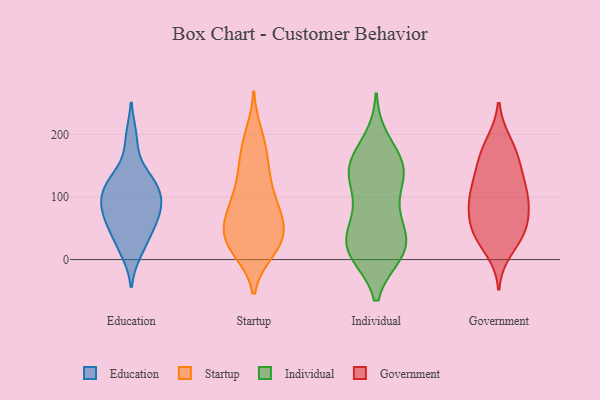
{"axis": {"x": "Satisfaction Score", "y": "Value"}, "legend": ["Education", "Government", "Individual", "Startup"], "data": [{"x": "", "y": 79, "type": "Education"}, {"x": "", "y": 98, "type": "Education"}, {"x": "", "y": 106, "type": "Education"}, {"x": "", "y": 194, "type": "Education"}, {"x": "", "y": 74, "type": "Education"}, {"x": "", "y": 52, "type": "Education"}, {"x": "", "y": 114, "type": "Education"}, {"x": "", "y": 13, "type": "Education"}, {"x": "", "y": 31, "type": "Education"}, {"x": "", "y": 123, "type": "Education"}, {"x": "", "y": 136, "type": "Education"}, {"x": "", "y": 67, "type": "Education"}, {"x": "", "y": 199, "type": "Startup"}, {"x": "", "y": 84, "type": "Startup"}, {"x": "", "y": 58, "type": "Startup"}, {"x": "", "y": 135, "type": "Startup"}, {"x": "", "y": 122, "type": "Startup"}, {"x": "", "y": 15, "type": "Startup"}, {"x": "", "y": 55, "type": "Startup"}, {"x": "", "y": 21, "type": "Startup"}, {"x": "", "y": 19, "type": "Startup"}, {"x": "", "y": 183, "type": "Startup"}, {"x": "", "y": 140, "type": "Startup"}, {"x": "", "y": 29, "type": "Startup"}, {"x": "", "y": 85, "type": "Startup"}, {"x": "", "y": 77, "type": "Startup"}, {"x": "", "y": 87, "type": "Startup"}, {"x": "", "y": 37, "type": "Startup"}, {"x": "", "y": 173, "type": "Startup"}, {"x": "", "y": 44, "type": "Startup"}, {"x": "", "y": 28, "type": "Startup"}, {"x": "", "y": 47, "type": "Individual"}, {"x": "", "y": 134, "type": "Individual"}, {"x": "", "y": 143, "type": "Individual"}, {"x": "", "y": 190, "type": "Individual"}, {"x": "", "y": 54, "type": "Individual"}, {"x": "", "y": 159, "type": "Individual"}, {"x": "", "y": 150, "type": "Individual"}, {"x": "", "y": 123, "type": "Individual"}, {"x": "", "y": 10, "type": "Individual"}, {"x": "", "y": 15, "type": "Individual"}, {"x": "", "y": 86, "type": "Individual"}, {"x": "", "y": 15, "type": "Individual"}, {"x": "", "y": 13, "type": "Individual"}, {"x": "", "y": 13, "type": "Individual"}, {"x": "", "y": 133, "type": "Individual"}, {"x": "", "y": 62, "type": "Individual"}, {"x": "", "y": 21, "type": "Individual"}, {"x": "", "y": 156, "type": "Individual"}, {"x": "", "y": 41, "type": "Government"}, {"x": "", "y": 107, "type": "Government"}, {"x": "", "y": 161, "type": "Government"}, {"x": "", "y": 188, "type": "Government"}, {"x": "", "y": 56, "type": "Government"}, {"x": "", "y": 69, "type": "Government"}, {"x": "", "y": 153, "type": "Government"}, {"x": "", "y": 104, "type": "Government"}, {"x": "", "y": 40, "type": "Government"}, {"x": "", "y": 114, "type": "Government"}, {"x": "", "y": 48, "type": "Government"}, {"x": "", "y": 87, "type": "Government"}, {"x": "", "y": 130, "type": "Government"}, {"x": "", "y": 35, "type": "Government"}, {"x": "", "y": 14, "type": "Government"}, {"x": "", "y": 152, "type": "Government"}, {"x": "", "y": 85, "type": "Government"}, {"x": "", "y": 96, "type": "Government"}, {"x": "", "y": 185, "type": "Government"}]}